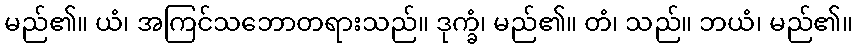
မည်၏။ ယံ၊ အကြင်သဘောတရားသည်။ ဒုက္ခံ၊ မည်၏။ တံ၊ သည်။ ဘယံ၊ မည်၏။